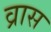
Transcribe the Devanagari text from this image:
व्रास